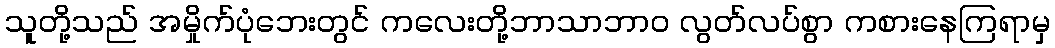
သူတို့သည် အမှိုက်ပုံဘေးတွင် ကလေးတို့ဘာသာဘာဝ လွတ်လပ်စွာ ကစားနေကြရာမှ